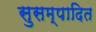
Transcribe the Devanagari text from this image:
सुसम्पादित